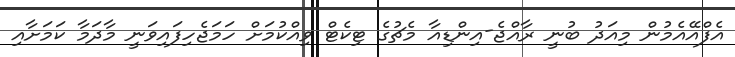
އެފްއޭއެމުން މިއަދު ބުނީ ރާއްޖެ-އިންޑިއާ މެޗުގެ ޓިކެޓް ވިއްކުމަށް ހަމަޖެހިފައިވަނީ މާދަމާ ކަމަށާއި